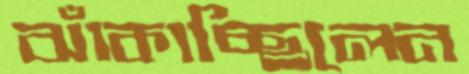
ঝাঁকাচ্ছিলেন